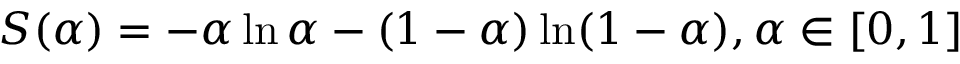
S ( \alpha ) = - \alpha \ln \alpha - ( 1 - \alpha ) \ln ( 1 - \alpha ) , \alpha \in [ 0 , 1 ]